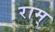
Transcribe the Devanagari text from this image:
राम्‌